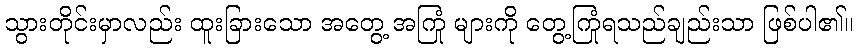
သွားတိုင်းမှာလည်း ထူးခြားသော အတွေ့ အကြုံ များကို တွေ့ကြုံရသည်ချည်းသာ ဖြစ်ပါ၏။